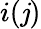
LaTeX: i(\mathit{j})